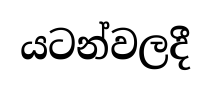
යටන්වලදී